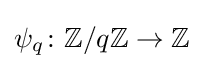
\psi _{q}\colon \mathbb {Z} /q\mathbb {Z} \to \mathbb {Z}